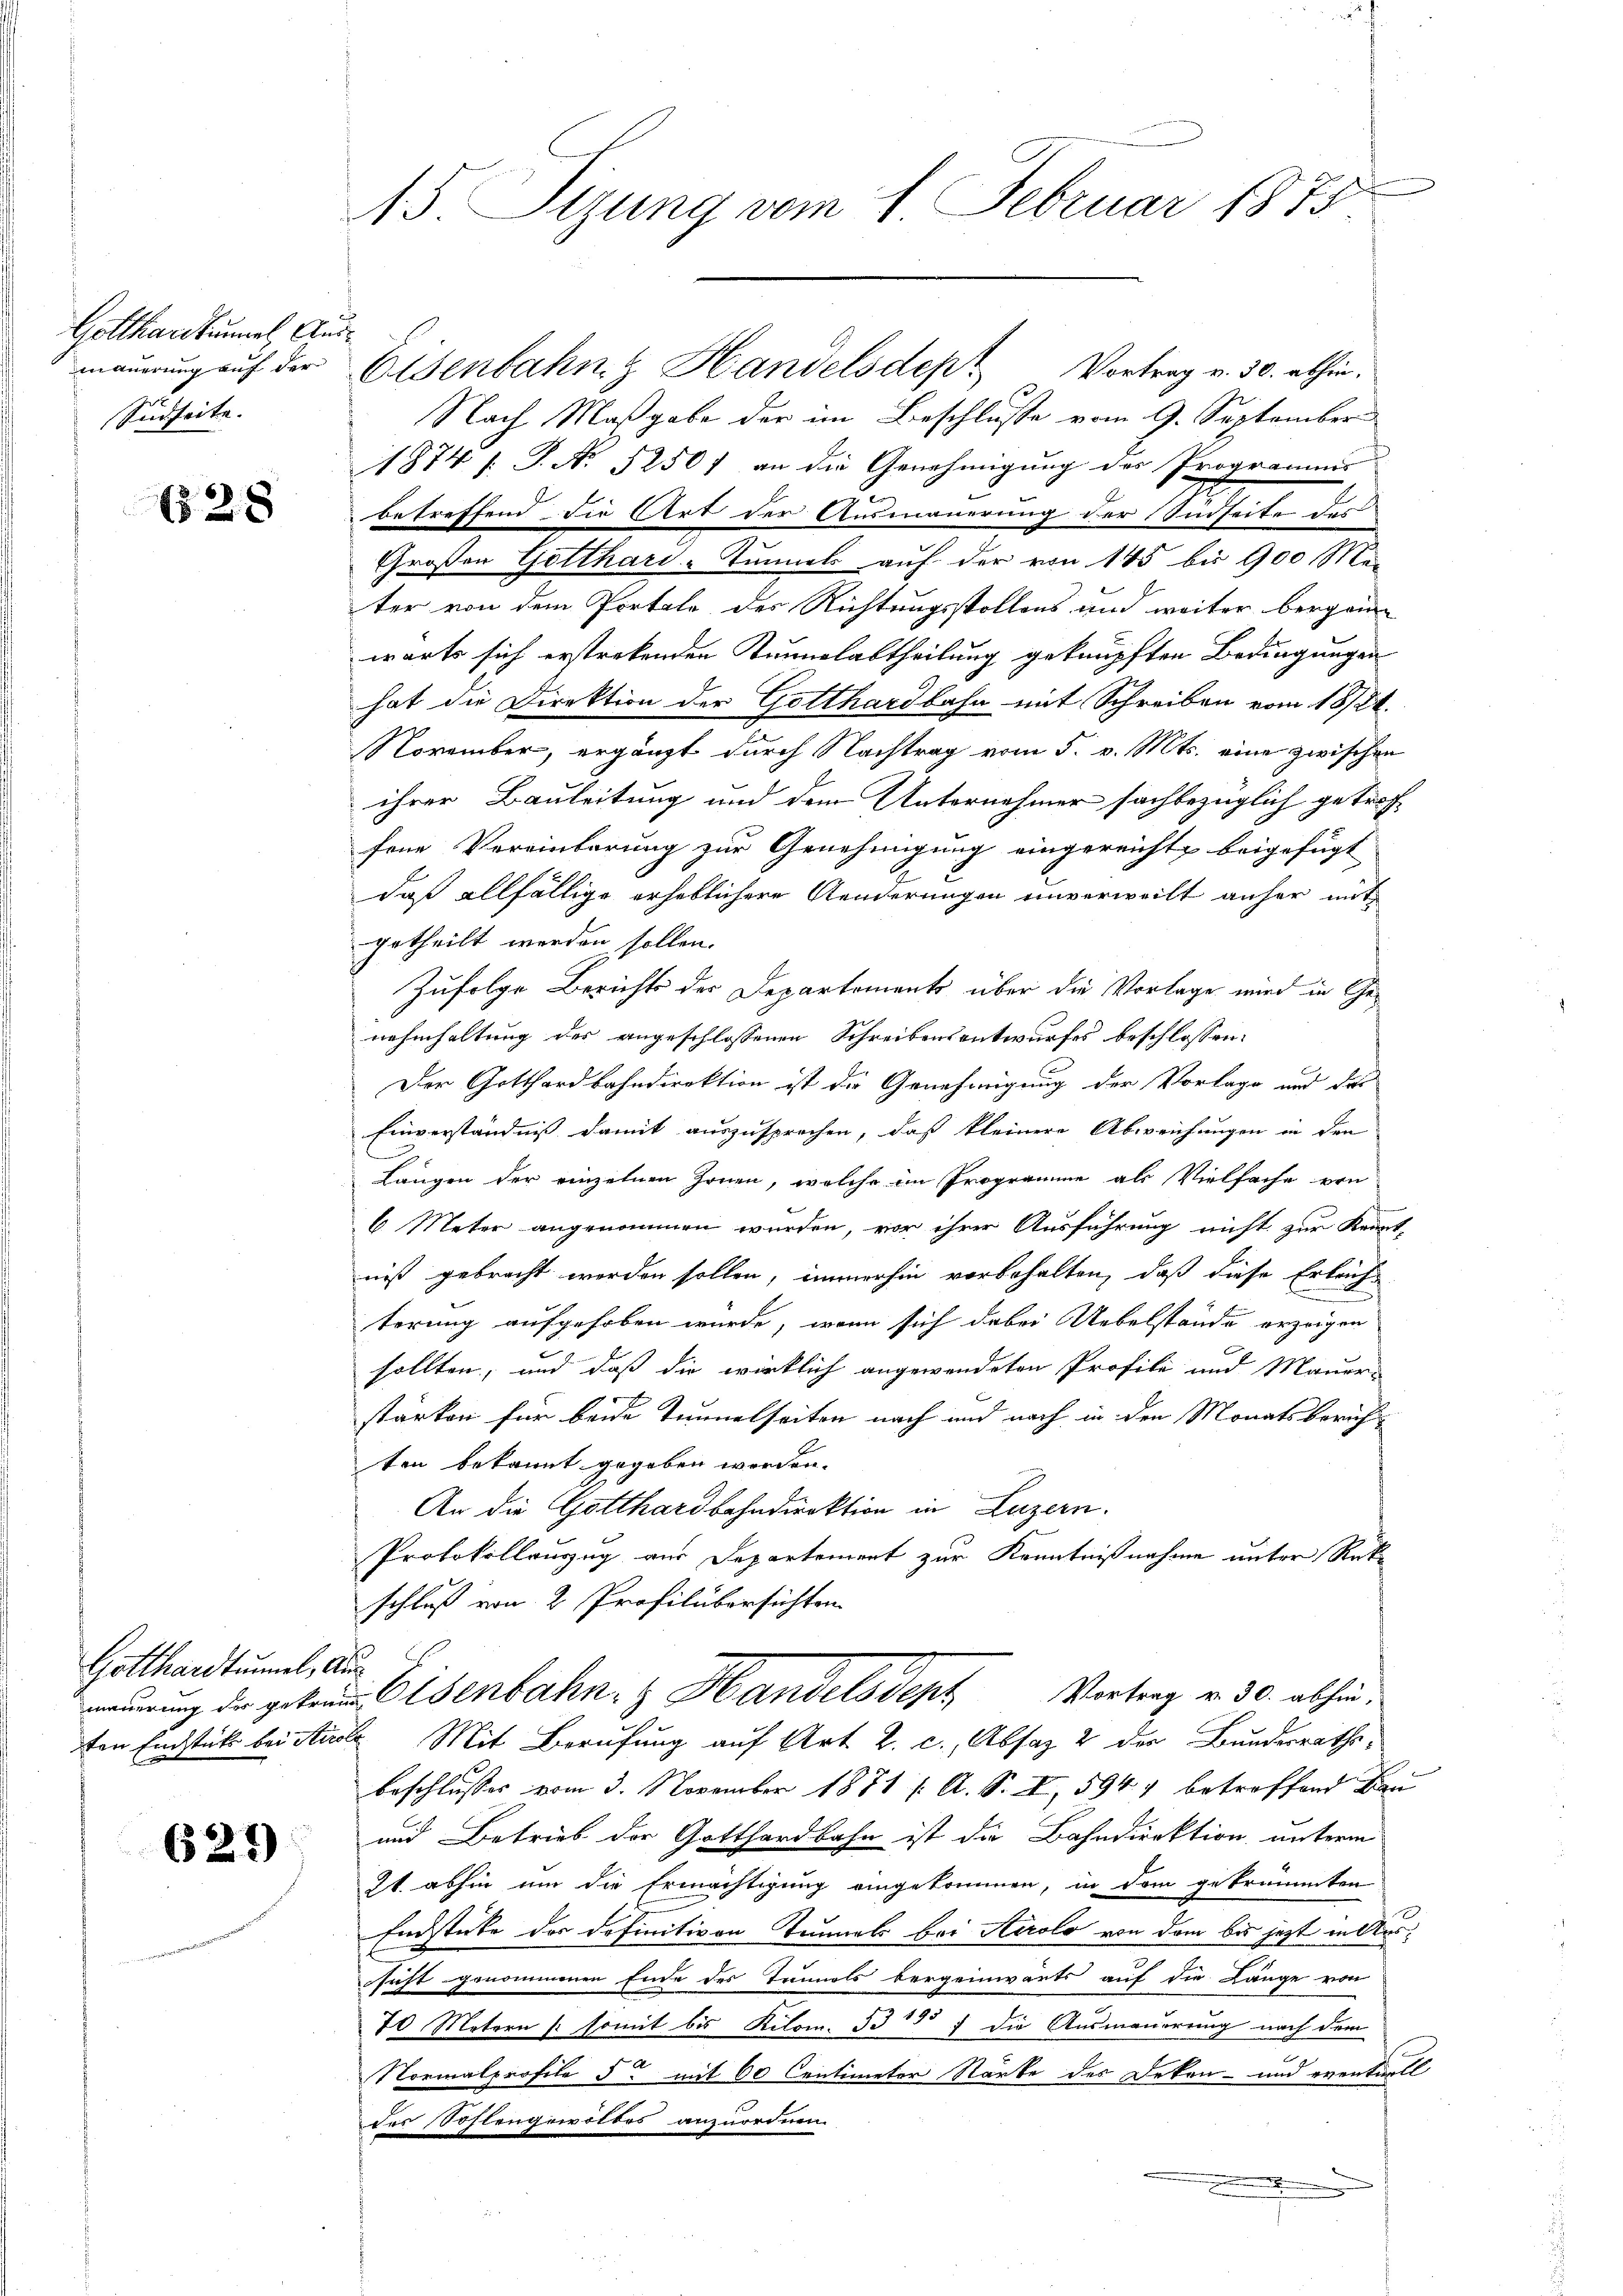
Gotthardkummel, Ausmauerung auf der
Südseite. |

28

Gotthardtumel, An
mauerung des gekrem

625)

15. Sizung vom 1. Februar 1875

Nach Maßgabe der im Beschlusse vom 9. September
1874 / P. No 52501 an die Genehmigung des Programms
betreffend die Art der Ausmauerung der Südseite des
Großen Gotthard-Tunnels auf der von 145 bis 900 Me-
ter von dem Portale des Richtungsstollens und weiter bergan
wärts sich erstrekenden Kennalabtheilung geknüpften Bedingungen
hat die Direktion der Gotthardbahn mit Schreiben vom 18/21.
November, ergänzt durch Nachtrag vom 5. v. Mts. eine zwischen
ihrer Bauleitung und dem Unternehmer sachbezüglich getroffene Vereinbarung zur Genehmigung eingereicht beigefügt
daß allfällige erheblichere Aenderungen unverweilt anher mit
getheilt werden sollen.
Zufolge Berichts der Departements über die Vorlage wird in Genahmhaltung der angeschlossenen Schreibensentwurfes beschlossen:
Der Gotthardbahndirektion ist die Genehmigung der Vorlage und das
Einverständniß damit auszusprochen, daß kleinere Abweichungen in den
Längen der einzelnen Zonen, welche im Programme als Vielfache von
6 Meter angenommen wurden, vor ihrer Ausführung nicht zur Kennt-
niß gebracht werden sollen, immerhin vorbehalten, daß diese Erleichtörung aufgehoben wurde, wenn sich dabei Uebelstände erzeigen
sollten, und daß die wirklich angewendeten Profili und Mauer-
stärken für beide Tunnelseiten nach und nach in den Monatsberichten bekannt gegeben werden.
An die Gotthardbahndirektion in Luzern.
Protokollauszug aus Departement zur Kenntnißnahme unter Rükschluß von 2 Profilübersichten
d
Eisenbahn. Handelsden Vertrag v. 30. abhin,
ten Endstück bei die Mit Berufung auf Art. 2. c., Absaz 2 der Bundesrathsbeschlusses vom 3. November 1871 f. A. S. I, 5941 betreffend Bau
und Betrieb der Gotthardbahn ist die Bahndirektion unterm
Zt. abhin um die Ermächtigung eingekommen, in dem getrümmten
Endstücke der definitiven Tennels bei Airolo von dem bis jetzt in Aussicht genommenen Ende des Tunnels bergeinwärts auf die Länge von
70 Metern / somit bis Kilom. 335 f die Ausmauerung nach dem
Normalprofile 5 mit 60 Centimeter Stärke des Dekan- und eventuell
des Sostengewittes anzuordnen.
.

Eisenbahnz Handelsdep. Vortrag v. 30. abhin.